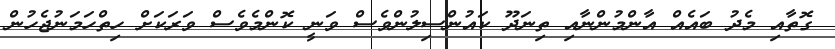
ގޮތާއި މެދު ބައެއް އާންމުންނާއި ތިނަދޫ ކައުންސިލުންވެސް ވަނީ ކޮންމެވެސް ވަރަކަށް ހިތްހަމަނުޖެހުން